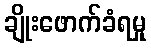
ချိုးဖောက်ခံရမှု